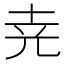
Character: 𡊪